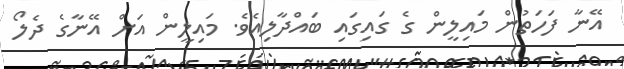
އޭނާ ފަހަތުން މައިލީން ގެ ގައިގައި ބައްދާލިއެވެ. މައިލީން އަށް އޭނާގެ ދެލޯ